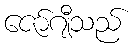
ဇော်ဂျီသည်